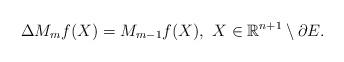
LaTeX: \begin{align*}\Delta M_{m}f(X)=M_{m-1}f(X),\,\, X\in \mathbb{R}^{n+1}\setminus \partial E.\end{align*}